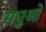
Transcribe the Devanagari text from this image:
सधुओ